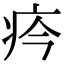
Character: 𤴽